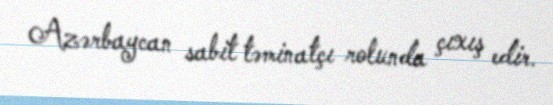
Azərbaycan sabit təminatçı rolunda çıxış edir.